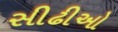
સીઢીઓ